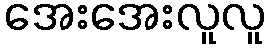
အေးအေးလူလူ